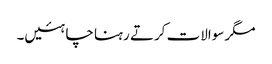
مگر سوالات کرتے رہنا چاہئیں۔